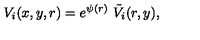
V _ { i } ( x , y , r ) = e ^ { \psi ( r ) } \ \tilde { V } _ { i } ( r , y ) ,